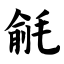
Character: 毹